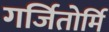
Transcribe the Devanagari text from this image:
गर्जितोर्मि